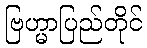
ဗြဟ္မာပြည်တိုင်